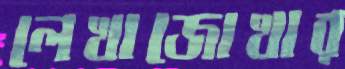
লেখাজোখার